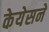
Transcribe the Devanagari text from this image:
केयेसने